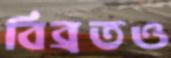
বিব্রতও